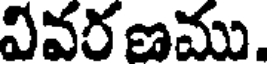
వివరణము.